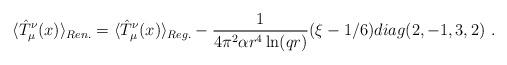
LaTeX: \begin{align*}\langle\hat{T}_\mu^\nu(x)\rangle_{Ren.}=\langle\hat{T}_\mu^\nu(x)\rangle_{Reg.}-\frac1{4\pi^2\alpha r^4\ln(qr)}(\xi-1/6)diag(2,-1,3,2) \ .\end{align*}